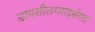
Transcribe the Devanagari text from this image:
डायसीलग्लाइसेरल